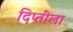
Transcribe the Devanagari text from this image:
दिप्तीला